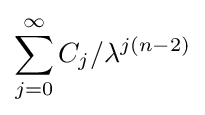
\sum _{j=0}^{\infty }C_{j}/\lambda ^{j(n-2)}